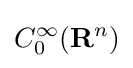
C_{0}^{\infty }(\mathbf {R} ^{n})